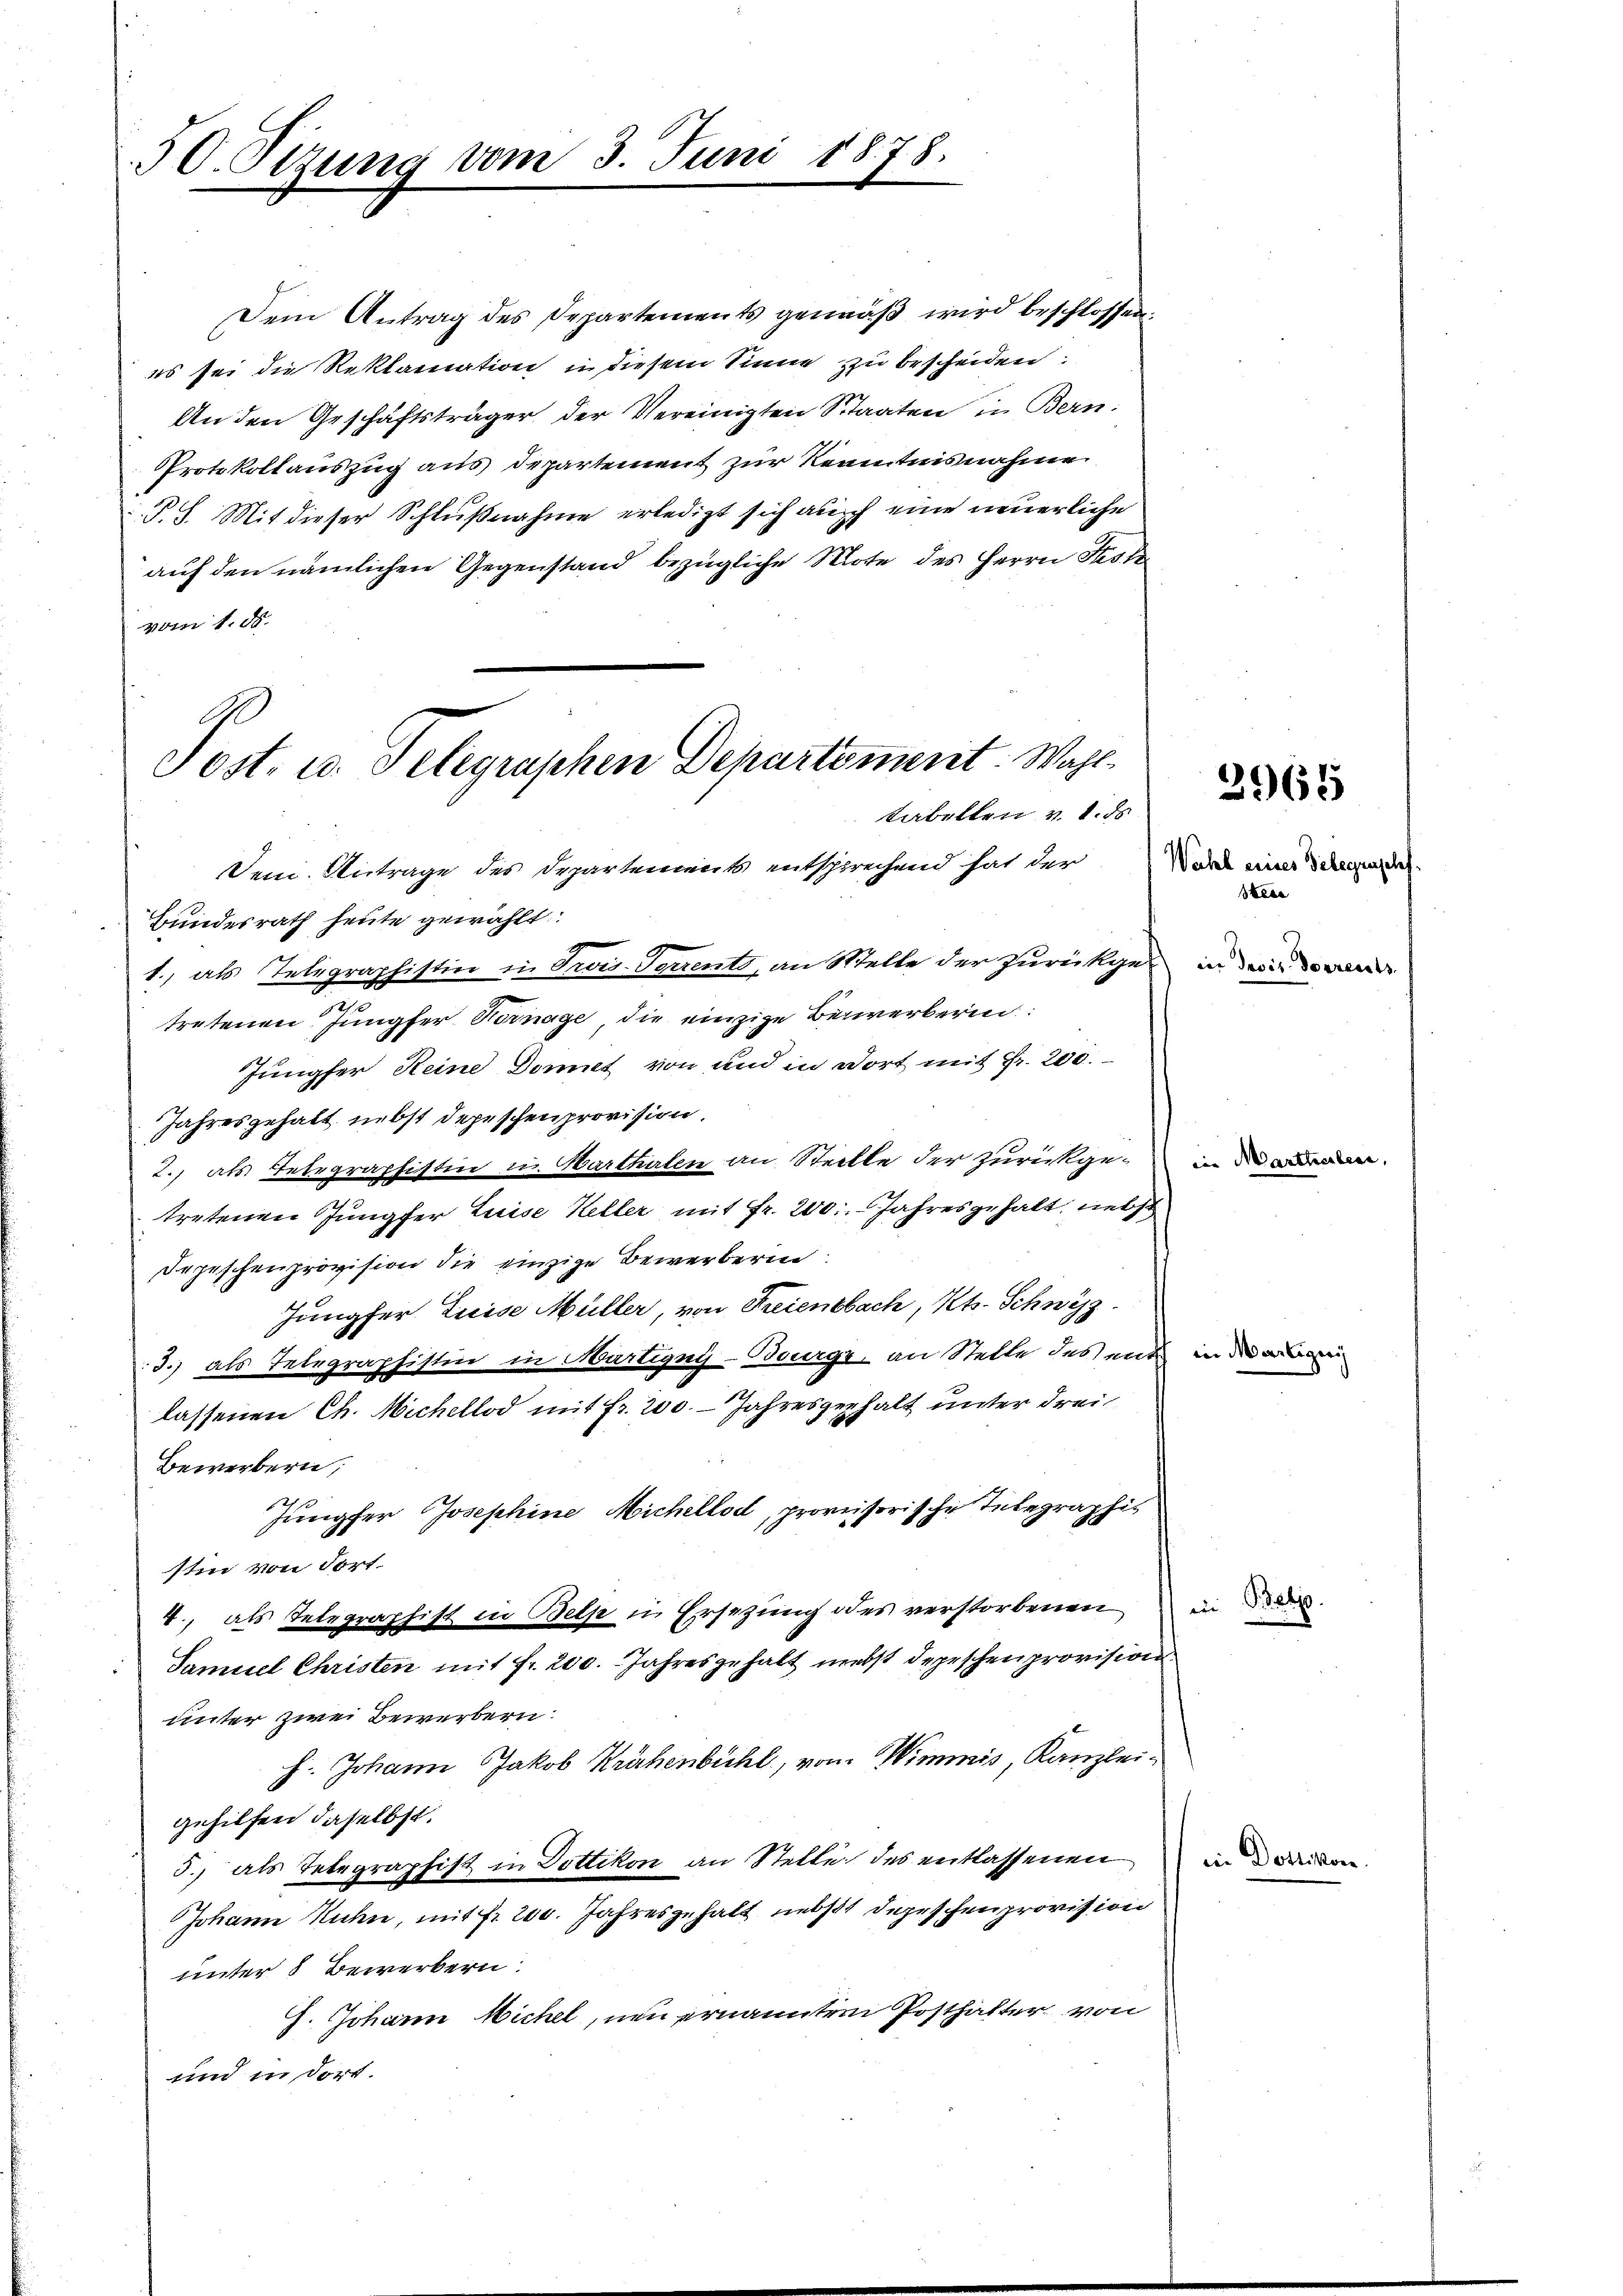
50. Sizung vom 3. Juni 1878.

Protokollauszug aus Departement zur Kenntnisnahme
P.S. Mit dieser Schlußnahme erledigt sich auch eine innerliche
auf den nämlichen Gegenstand bezügliche Note des Herrn Just
vom 1. d.
Dem Antrage des Departements entsprechend hat der
Bundesrath heute gewählt:
1.) als Telegraphistier in Trois-Serrents, an Stelle der zurückgen in der den
tretenen Jungfer Vernage, die einzige Bewerberin:
Jungfer Reine Domit von und in dort mit Fr. 200.
Jahresgehalt nebst depeschen provision.
2., als Telegraphistin in Marthalen an Stelle der zurückgetretenen Jungfer Luise Keller mit Fr. 200 Jahresgehalt, nebst
Depeschenprovision die einzige Bewerberin
Jungfer Luise Müller, von Freienbach, Kts. Schwyz
3.) als Telegraphistin in Martigny-Bourg, an Stelle des ent
lassenen Ch. Michellod mit Fr. 200. - Jahresgehalt unter drei
Bewerbern,
2
Jungfer Josephine Michellod, provisorische Integraphis
stin von dort.
2., als Telegraphist in Bels in Ersetzung des verstorbenen
Samuel Christen mit fr. 200. Jahresgehalt nebst Depeschen provision
unter zwei Bewerbern
h. Johann Jakob Krähenbühl, von Wimmis, Kanzlei-
gehilfen daselbst.
5., als Telegraphist in Dottikon an Stelle des entlassenen
Johann Rahn, mit fr. 200. Jahresgehalt nebst Depeschenprovision
unter 8 Bewerbern
H. Johann Michel, neu ernannten Posthalter von
und in dort.

Dem Antrag des Departements gemäβ wird beschlossen:
es sei die Reklamation u diesem Sinne zu bescheiden:
An den Geschäftsträger der Vereinigten Staaten in Bern:

Jost, u. Telegraphen Departement. Wahltabelten v. 1. ds

Wahl eines Belegenschef.
skere

in M

d aber

3965

Mart

Bdebo

in Dottikon

ezeig